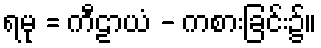
ရမု = ကီဠာယံ - ကစားခြင်း၌။